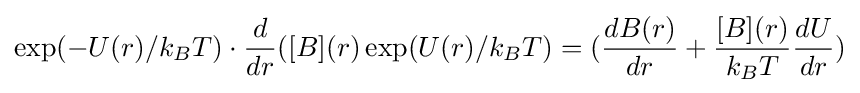
\exp(-U(r)/k_{B}T)\cdot {\frac {d}{dr}}([B](r)\exp(U(r)/k_{B}T)=({\frac {dB(r)}{dr}}+{\frac {[B](r)}{k_{B}T}}{\frac {dU}{dr}})